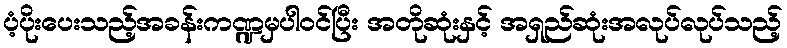
ပံ့ပိုးပေးသည့်အခန်းကဏ္ဍမှပါဝင်ပြီး အတိုဆုံးနှင့် အရှည်ဆုံးအလုပ်လုပ်သည့်